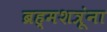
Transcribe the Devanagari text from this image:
ब्रह्मशत्रूंना